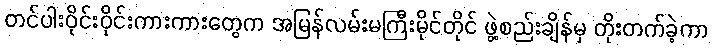
တင်ပါးဝိုင်းဝိုင်းကားကားတွေက အမြန်လမ်းမကြီးမိုင်တိုင် ဖွဲ့စည်းချိန်မှ တိုးတက်ခဲ့ကာ